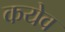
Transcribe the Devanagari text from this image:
कयेव